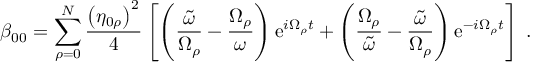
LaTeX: \beta _ { 0 0 } = \sum _ { \rho = 0 } ^ { N } \frac { \left( \eta _ { 0 \rho } \right) ^ { 2 } } { 4 } \left[ \left( \frac { \tilde { \omega } } { \Omega _ { \rho } } - \frac { \Omega _ { \rho } } { \omega } \right) \mathrm { e } ^ { i \Omega _ { \rho } t } + \left( \frac { \Omega _ { \rho } } { \tilde { \omega } } - \frac { \tilde { \omega } } { \Omega _ { \rho } } \right) \mathrm { e } ^ { - i \Omega _ { \rho } t } \right] \; .